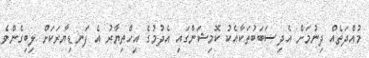
މުއްދަތެއް ދިނުމަށް އެދި ސަބަބުތަކާއެކު ކޮމިޝަންގައި އެދުމުގެ އިހްތިޔާރު އެ ފަނޑިޔާރަކަށް ލިބިގެންވެ